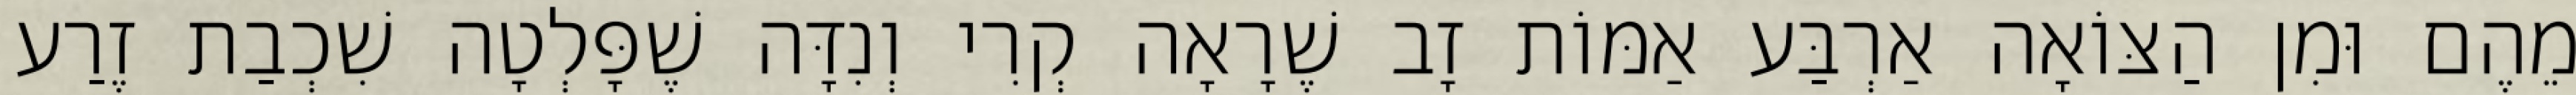
מֵהֶם וּמִן הַצּוֹאָה אַרְבַּע אַמּוֹת זָב שֶׁרָאָה קְרִי וְנִדָּה שֶׁפָּלְטָה שִׁכְבַת זֶרַע